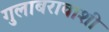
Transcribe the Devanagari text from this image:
गुलाबरावाशी